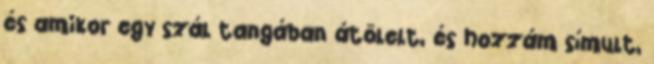
és amikor egy szál tangában átölelt, és hozzám símult,